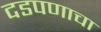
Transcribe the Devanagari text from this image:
दडपणाचा